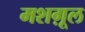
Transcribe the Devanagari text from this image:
मशग़ूल